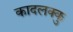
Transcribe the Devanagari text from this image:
कादलक्कु